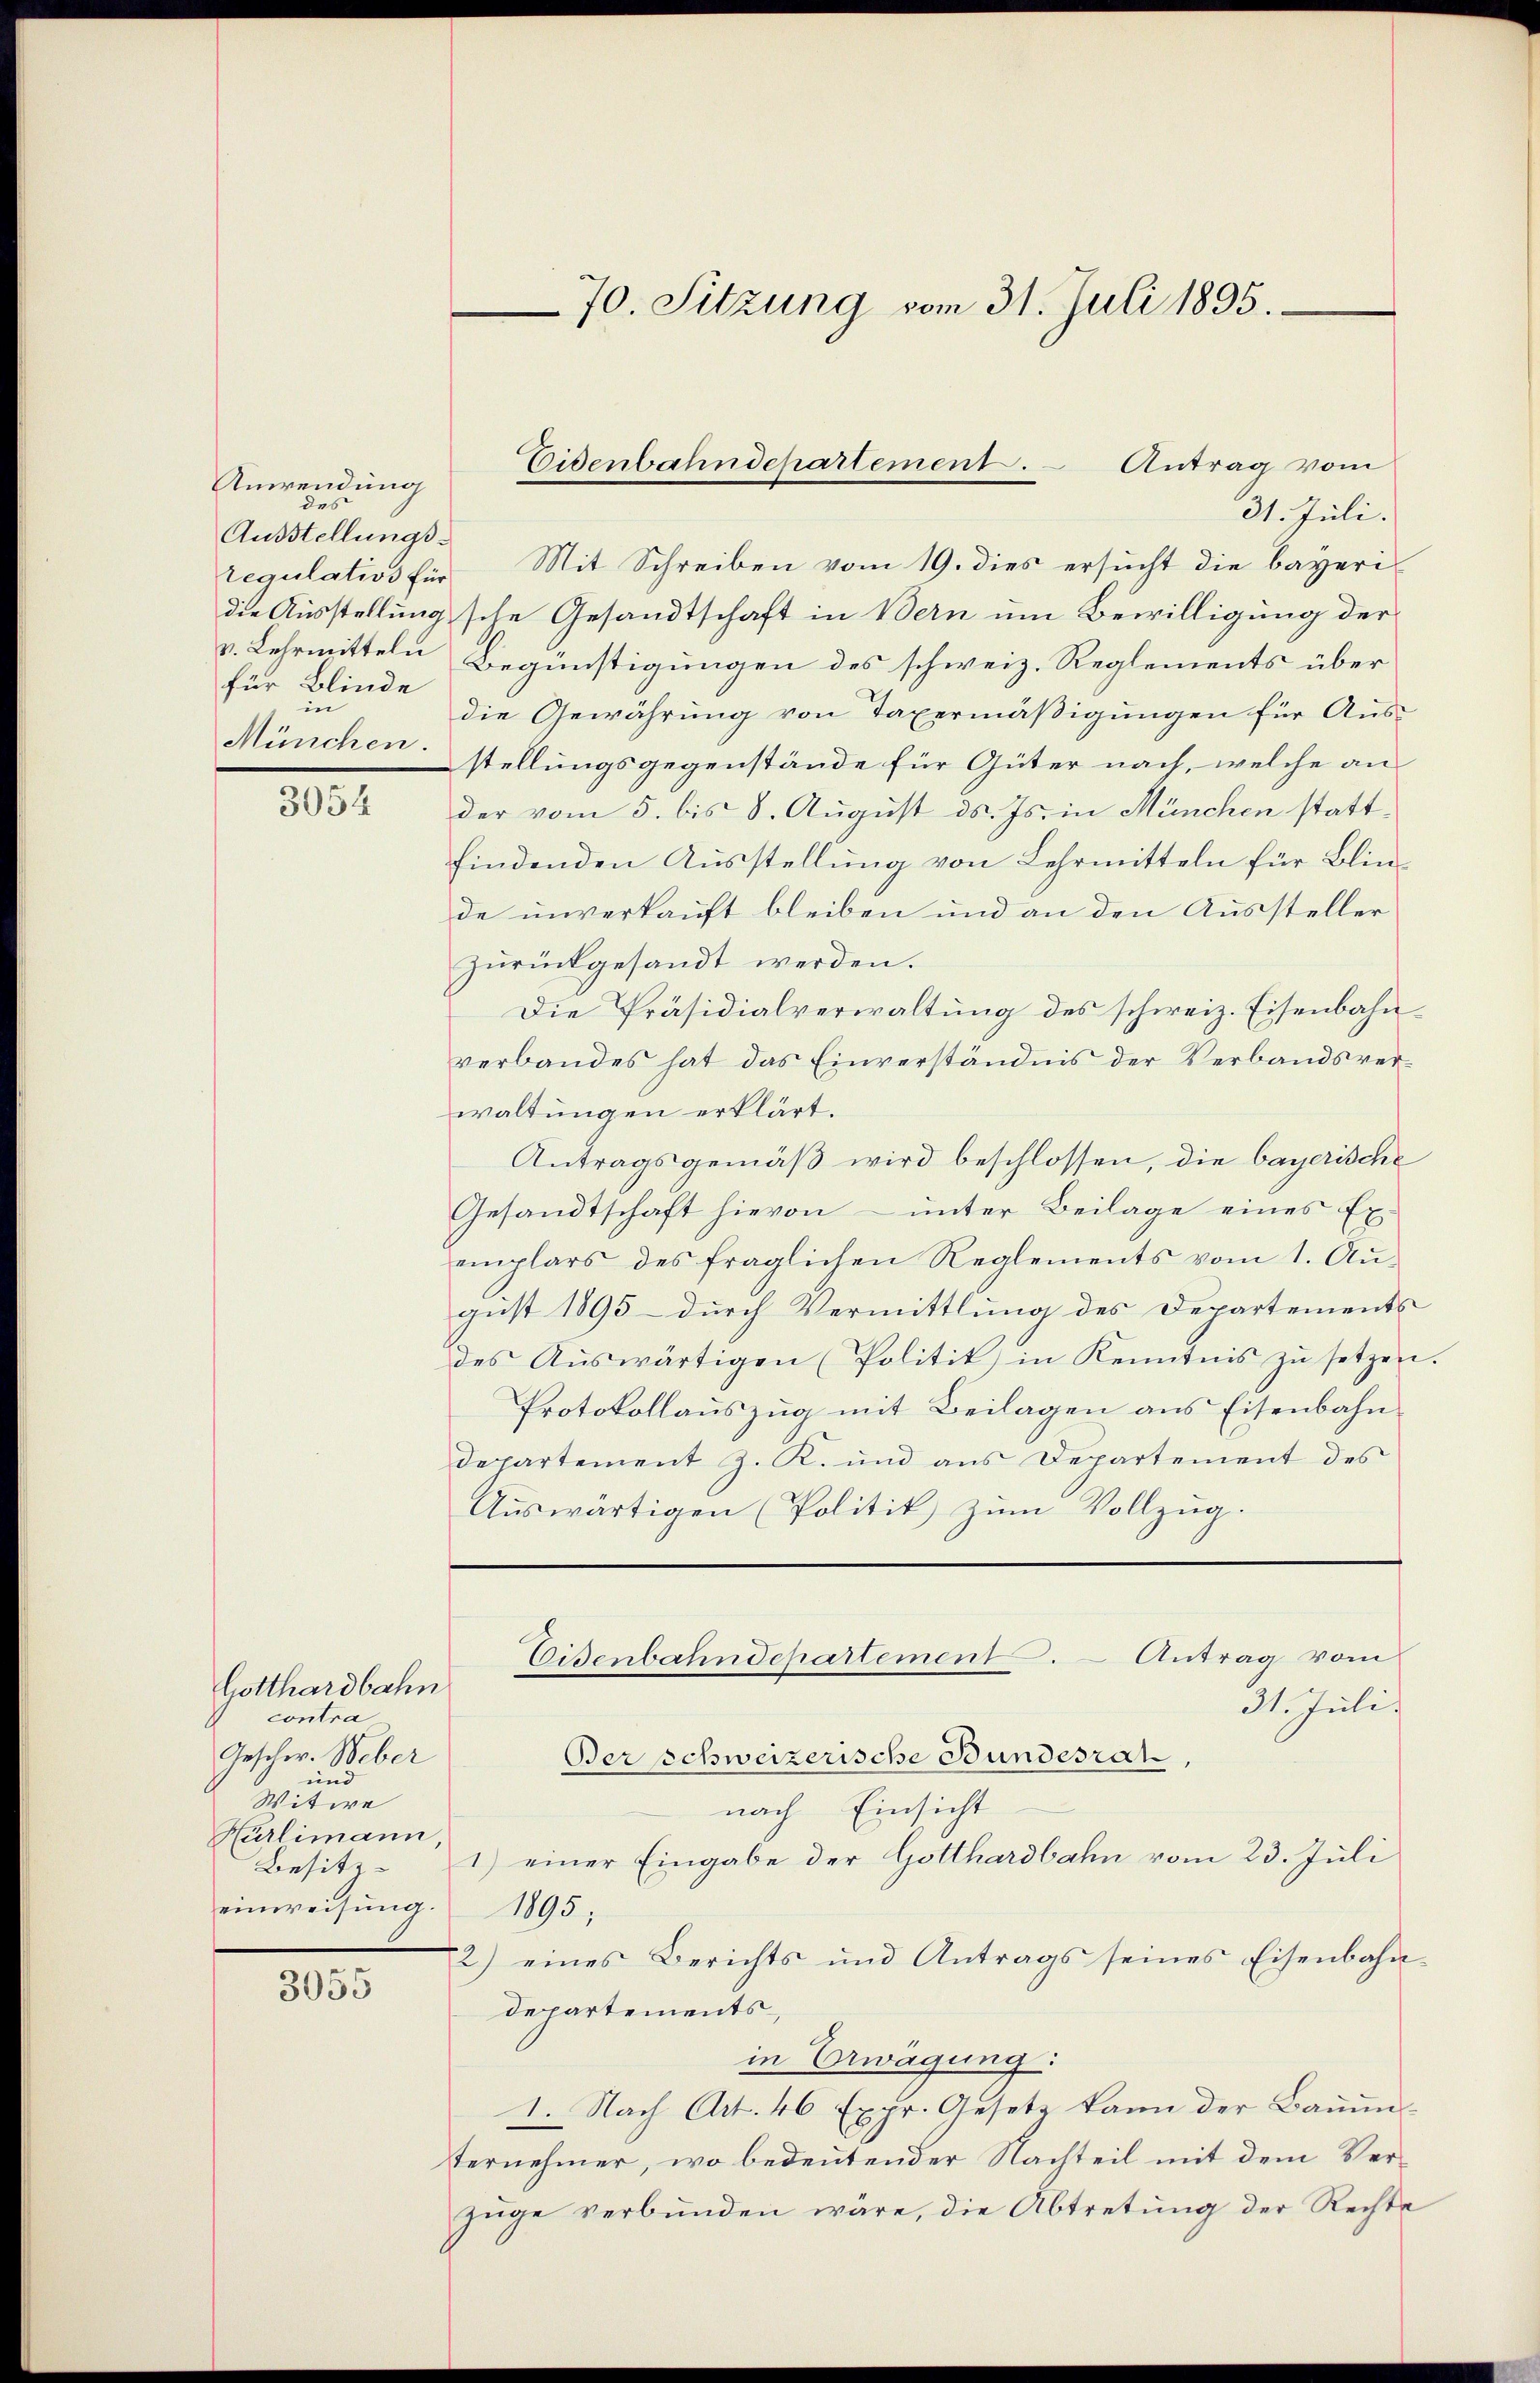
Anwendung
des
Ausstellungsfür Blinde
in
München.

3054

Gotthardbahn
contra
Geschw. Weber
und
Witwe
Hürlimann,
Besitz
einweisung.

3055

70. Sitzung vom 31. Juli 1895.

31. Juli.
regulativs für Mit Schreiben vom 19. dies ersucht die bayeri
die Ausstellungsche Gesandtschaft in Bern um Bewilligung der
v. Lehrmitteln Begünstigungen des schweiz. Reglements über
die Gewährung von Taxermäßigungen für Ausstellungsgegenstände für Güter nach, welche an
der vom 5. bis 8. August ds. Js. in München stattfindenden Ausstellung von Lehrmitteln für Blinde unverkauft bleiben und an den Aussteller
zŭrückgesandt werden.
Die Präsidialverwaltung des schweiz. Eisenbahnverbandes hat das Einverständnis der Verbandsver-
waltungen erklärt.
Antragsgemäß wird beschlossen, die bayerische
Gesandtschaft hievon – unter Beilage eines Ex
emplars des fraglichen Reglements vom 1. Au-
gust 1895 durch Vermittlung des Departements
des Aŭswärtigen (Politik in Kenntnis zŭ setzen.
Protokollauszug mit Beilagen aus Eisenbahndepartement J. K. und ans Departement des
Auswärtigen (Politik zum Vollzug.
Eisenbahndepartement. – Antrag vom
31. Juli.
Der schweizerische Bundesrat,
nach Einsicht
1) einer Eingabe der Gotthardbahn vom 23. Juli
1895,
2) eines Berichts und Antrags seines Eisenbahn-
departements
in Erwägung:
1. Nach Art. 46 Expr. Gesetz kann der Bauenternehmer, wo bedeutender Nachteil mit dem Verzüge verbunden wäre, die Abtretung der Rechte

Eisenbahndepartement. Antrag vom